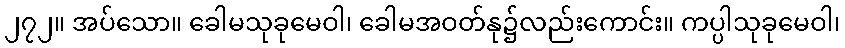
၂၇၂။ အပ်သော။ ခေါမသုခုမေဝါ၊ ခေါမအဝတ်နု၌လည်းကောင်း။ ကပ္ပါသုခုမေဝါ၊